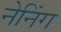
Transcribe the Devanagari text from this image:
नेनिंग